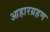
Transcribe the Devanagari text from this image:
आहारग्रहण